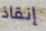
إنقاذ